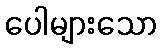
ပေါများသော